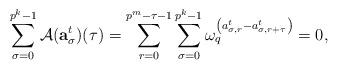
LaTeX: \begin{align*} \sum_{\sigma=0}^{p^k-1} \mathcal{A}(\mathbf{a}_\sigma^t)(\tau)=\sum_{r=0}^{p^{m}-\tau-1}\sum_{\sigma=0}^{p^{k}-1}\omega_q^{\left(a^t_{\sigma,r}-a^t_{\sigma,r+\tau}\right)}=0,\end{align*}